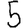
Digit: 5